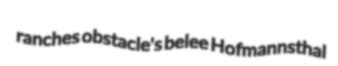
ranches obstacle's belee Hofmannsthal